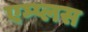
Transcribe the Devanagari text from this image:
एम्प्लस